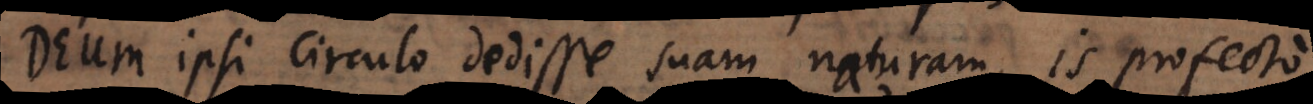
Deum ipsi circulo dedisse suam naturam, is profecto